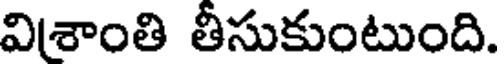
విశాంతి తీసుకుంటుంది.